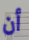
أن